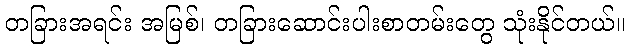
တခြားအရင်း အမြစ်၊ တခြားဆောင်းပါးစာတမ်းတွေ သုံးနိုင်တယ်။